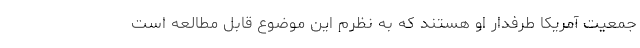
جمعیت آمریکا طرفدار او هستند که به نظرم این موضوع قابل مطالعه است